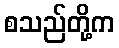
စသည်တို့က